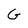
Character: G